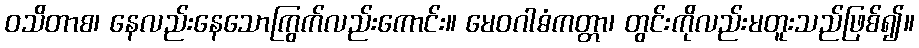
ဝသိတာစ၊ နေလည်းနေသောကြွက်လည်းကောင်း။ မေဝဂါဓံကတ္တာ၊ တွင်းကိုလည်းမတူးသည်ဖြစ်၍။